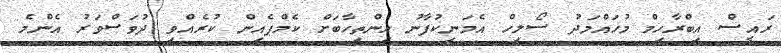
ރައީސް އިބްރާހިމް މުހައްމަދު ސޯލިހް އެމަނިކުފާނު އިންތިހާބަށް ކެމްޕެއިން ކުރެއްވި ދުވަސްވަރު އެންމެ